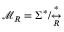
{ \mathcal { M } } _ { R } = \Sigma ^ { * } / { \overset { * } { \underset { R } { \leftrightarrow } } }